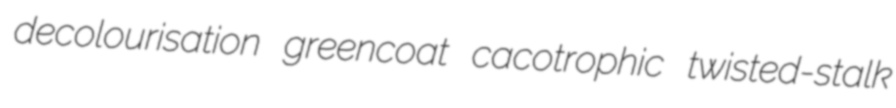
decolourisation greencoat cacotrophic twisted-stalk